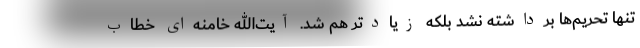
تنها تحریم‌ها برداشته نشد بلکه زیادتر هم شد. آیت‌الله خامنه‌ای خطاب